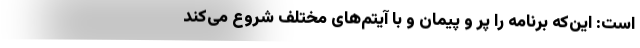
است: این‌که برنامه را پُر و پیمان و با آیتم‌های مختلف شروع می‌کند